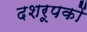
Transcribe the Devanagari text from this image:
दशरूपकों